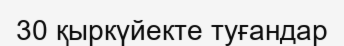
30 қыркүйекте туғандар